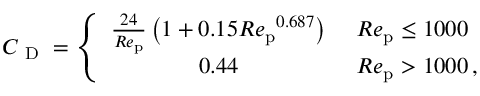
{ C _ { \mathrm { ~ D ~ } } } = \left\{ \begin{array} { c l } { \frac { 2 4 } { R e _ { \mathrm { p } } } \left( 1 + 0 . 1 5 { R e _ { \mathrm { p } } } ^ { 0 . 6 8 7 } \right) } & { \ R e _ { \mathrm { p } } \leq 1 0 0 0 } \\ { 0 . 4 4 } & { \ R e _ { \mathrm { p } } > 1 0 0 0 \, , } \end{array} \right.